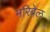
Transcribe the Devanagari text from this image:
मरिबेल